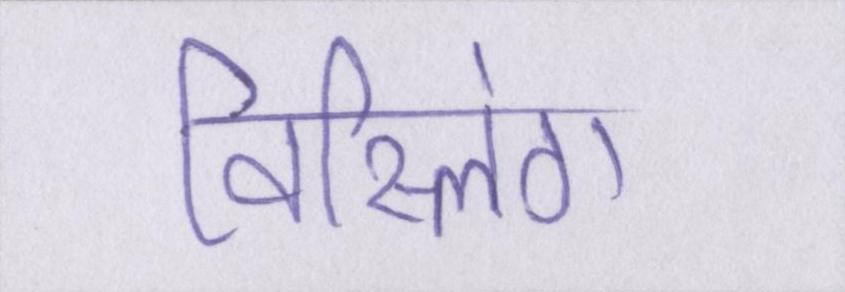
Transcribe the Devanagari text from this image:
विस्लिंग